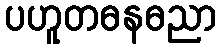
ပဟူတဓနဓညာ